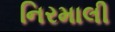
નિરમાલી